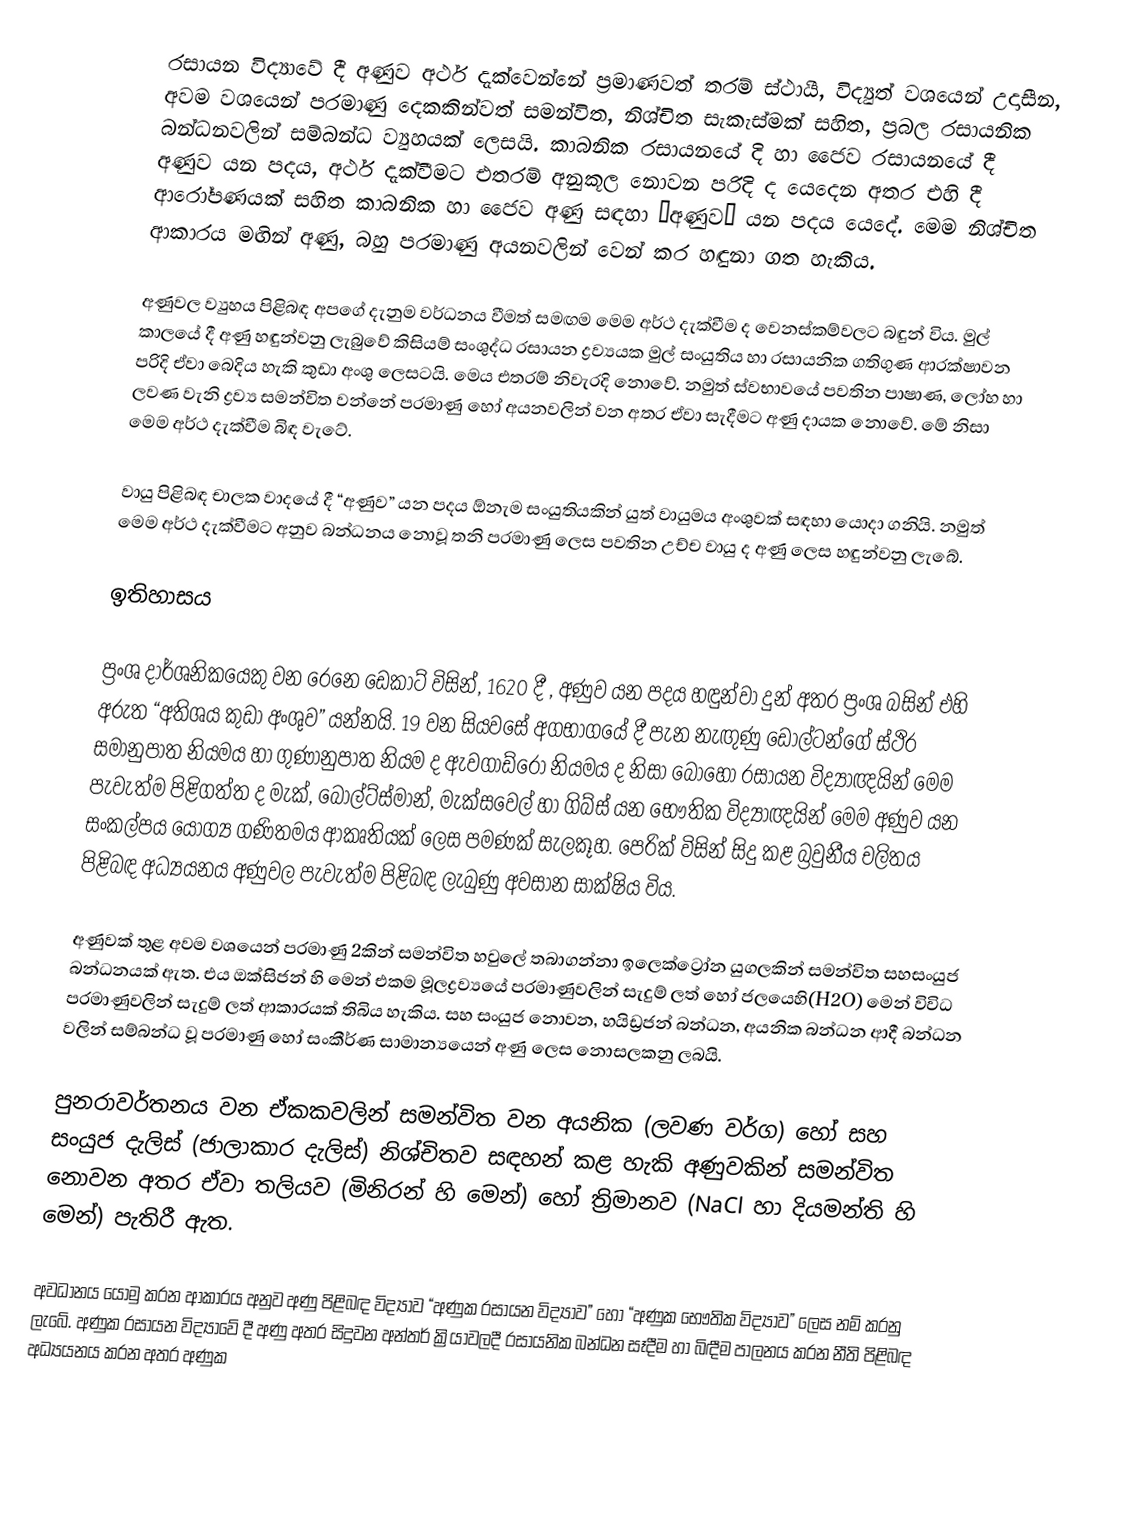
රසායන විද්‍යාවේ දී අණුව අර්ථ දැක්වෙන්නේ ප්‍රමාණවත් තරම් ස්ථායී, විද්‍යුත් වශයෙන් උදාසීන, අවම වශයෙන් පරමාණු දෙකකින්වත් සමන්විත, නිශ්චිත සැකැස්මක් සහිත, ප්‍රබල රසායනික බන්ධනවලින් සම්බන්ධ ව්‍යුහයක් ලෙසයි. කාබනික රසාය‍නයේ දි හා ජෛව රසායනයේ දී අණුව යන පදය, අර්ථ දැක්වීමට එතරම් අනුකූල ‍නොවන පරිදි ද යෙදෙන අතර එහි දී ආරෝපණයක් සහිත කාබනික හා ජෛව අණු සඳහා “අණුව” යන පදය යෙදේ. මෙම නිශ්චිත ආකාරය මඟින් අණු, බහු පරමාණු අයනවලින් වෙන් කර හඳුනා ගත හැකිය.

අණුවල ව්‍යුහය පිළිබඳ අපගේ දැනුම වර්ධනය වීමත් සමඟම මෙම අර්ථ දැක්වීම ද වෙනස්කම්වලට බඳුන් විය. මුල් කාලයේ දී අණු හඳුන්වනු ලැබුවේ කිසියම් සංශුද්ධ රසායන ද්‍රව්‍යයක මුල් සංයුතිය හා රසායනික ගතිගුණ ආරක්ෂාවන පරිදි ඒවා බෙදිය හැකි කුඩා අංශු ලෙසටයි. මෙය එතරම් නිවැරදි නොවේ. නමුත් ස්වභාවයේ පවතින පාෂාණ, ලෝහ හා ලවණ වැනි ද්‍රව්‍ය සමන්විත වන්නේ පරමාණු හෝ අයනවලින් වන අතර ඒවා සැදීමට අණු දායක නොවේ. මේ නිසා මෙම අර්ථ දැක්වීම බිඳ වැටේ.

වායු පිළිබඳ චාලක වාදයේ දී “අණුව” යන පදය ඕනැම සංයුතියකින් යුත් වායුමය අංශුවක් සඳහා යොදා ගනියි. නමුත් මෙම අර්ථ දැක්වීමට අනුව බන්ධනය නොවූ තනි පරමාණු ලෙස පවතින උච්ච වායු ද අණු ලෙස හඳුන්වනු ලැබේ.

ඉතිහාසය

ප්‍රංශ දාර්ශනිකයෙකු වන රෙනෙ ඩෙකාට් විසින්, 1620 දී , අණුව යන පදය හඳුන්වා දුන් අතර ප්‍රංශ බසින් එහි අරුත “අතිශය කුඩා අංශුව” යන්නයි. 19 වන සිය‍වසේ අගභාගයේ දී පැන නැඟුණු ඩෝල්ටන්ගේ ස්ථිර සමානුපාත නියමය හා ගුණානුපාත නියම ද ඇවගාඩ්රෝ නියමය ද නිසා බොහෝ රසායන විද්‍යාඥයින් මෙම පැවැත්ම පිළිගත්ත ද මැක්, බෝල්ට්ස්මාන්, මැක්සවෙල් හා ගිබ්ස් යන භෞතික විද්‍යාඥයින් මෙම අණුව යන සංකල්පය යෝග්‍ය ගණිතමය ආකෘති‍යක් ලෙස පමණක් සැලකූහ. පෙරික් විසින් සිදු කළ බ්‍රවුනීය චලිතය පිළිබඳ අධ්‍යයනය අණුවල පැවැත්ම පිළිබඳ ලැබුණු අවසාන සාක්ෂිය විය.

අණුවක් තුළ අවම වශයෙන් පරමාණු 2කින් ‍සමන්විත හවුලේ තබාගන්නා ඉලෙක්ට්‍රෝන යුගලකින් සමන්විත සහසංයුජ බන්ධනයක් ඇත. එය ඔක්සිජන් හි මෙන් එකම මූලද්‍රව්‍යයේ පරමාණුවලින් සැදුම් ලත් හෝ ජලයෙහි(H2O) මෙන් විවිධ පරමාණුවලින් සැදුම් ලත් ආකාරයක් තිබිය හැකිය. සහ සංයුජ නොවන, හයිඩ්‍රජන් බන්ධන, අයනික බන්ධන ආදී බන්ධන වලින් සම්බන්ධ වූ පරමාණු හෝ සංකීර්ණ සාමාන්‍යයෙන් අණු ලෙස නොසලකනු ලබයි.

පුනරාවර්තනය වන ඒකකවලින් සමන්විත වන අයනික (ලවණ වර්ග) හෝ සහ සංයුජ දැලිස් (ජාලාකාර දැලිස්) නිශ්චිතව සඳහන් කළ හැකි අණුවකින් සමන්විත නොවන අතර ඒවා තලියව (මිනිරන් හි මෙන්) හෝ ත්‍රිමානව (NaCl හා දියමන්ති හි මෙන්) පැතිරී ඇත.

අවධානය යොමු කරන ආකාරය අනුව අණු පිළිබඳ විද්‍යාව “අණුක රසායන විද්‍යාව” හෝ “අණුක භෞතික විද්‍යාව” ලෙස නම් කරනු ලැබේ. අණුක රසායන විද්‍යාවේ දී අණු අතර සිදුවන අන්තර් ක්‍රියාවලදී රසායනික බන්ධන සෑදීම හා බිඳීම පාලනය කරන නීති පිළිබඳ අධ්‍යයනය කරන අතර අණුක